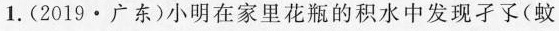
1.(2019·广东)小明在家里花瓶的积水中发现子了(蚊